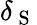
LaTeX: \delta_{\mathrm{~S~}}